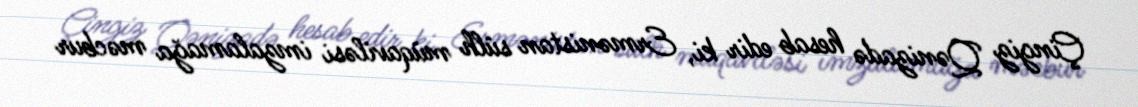
Çingiz Qənizadə hesab edir ki, Ermənistan sülh müqaviləsi imzalamağa məcbur